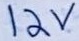
Text: 12V